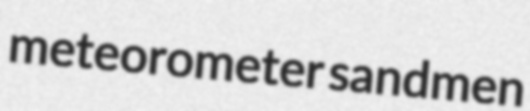
meteorometer sandmen